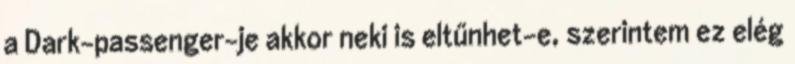
a Dark-passenger-je akkor neki is eltűnhet-e, szerintem ez elég